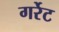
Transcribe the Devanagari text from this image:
गर्रेट